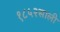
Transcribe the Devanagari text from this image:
१८५२साली